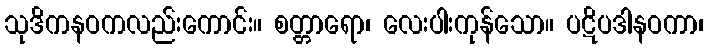
သုဒိကနဝကလည်းကောင်း။ စတ္တာရော၊ လေးပါးကုန်သော။ ပဋိပဒါနဝကာ၊